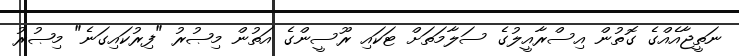
ނަތީޖާއެއްގެ ގޮތުން އިސްރާއީލުގެ ސަލާމަތަށް ޓަކައި ރޫސީންގެ އަތުން މިޞުރު "ފިރުކައިގަނެ" މިޞުރު